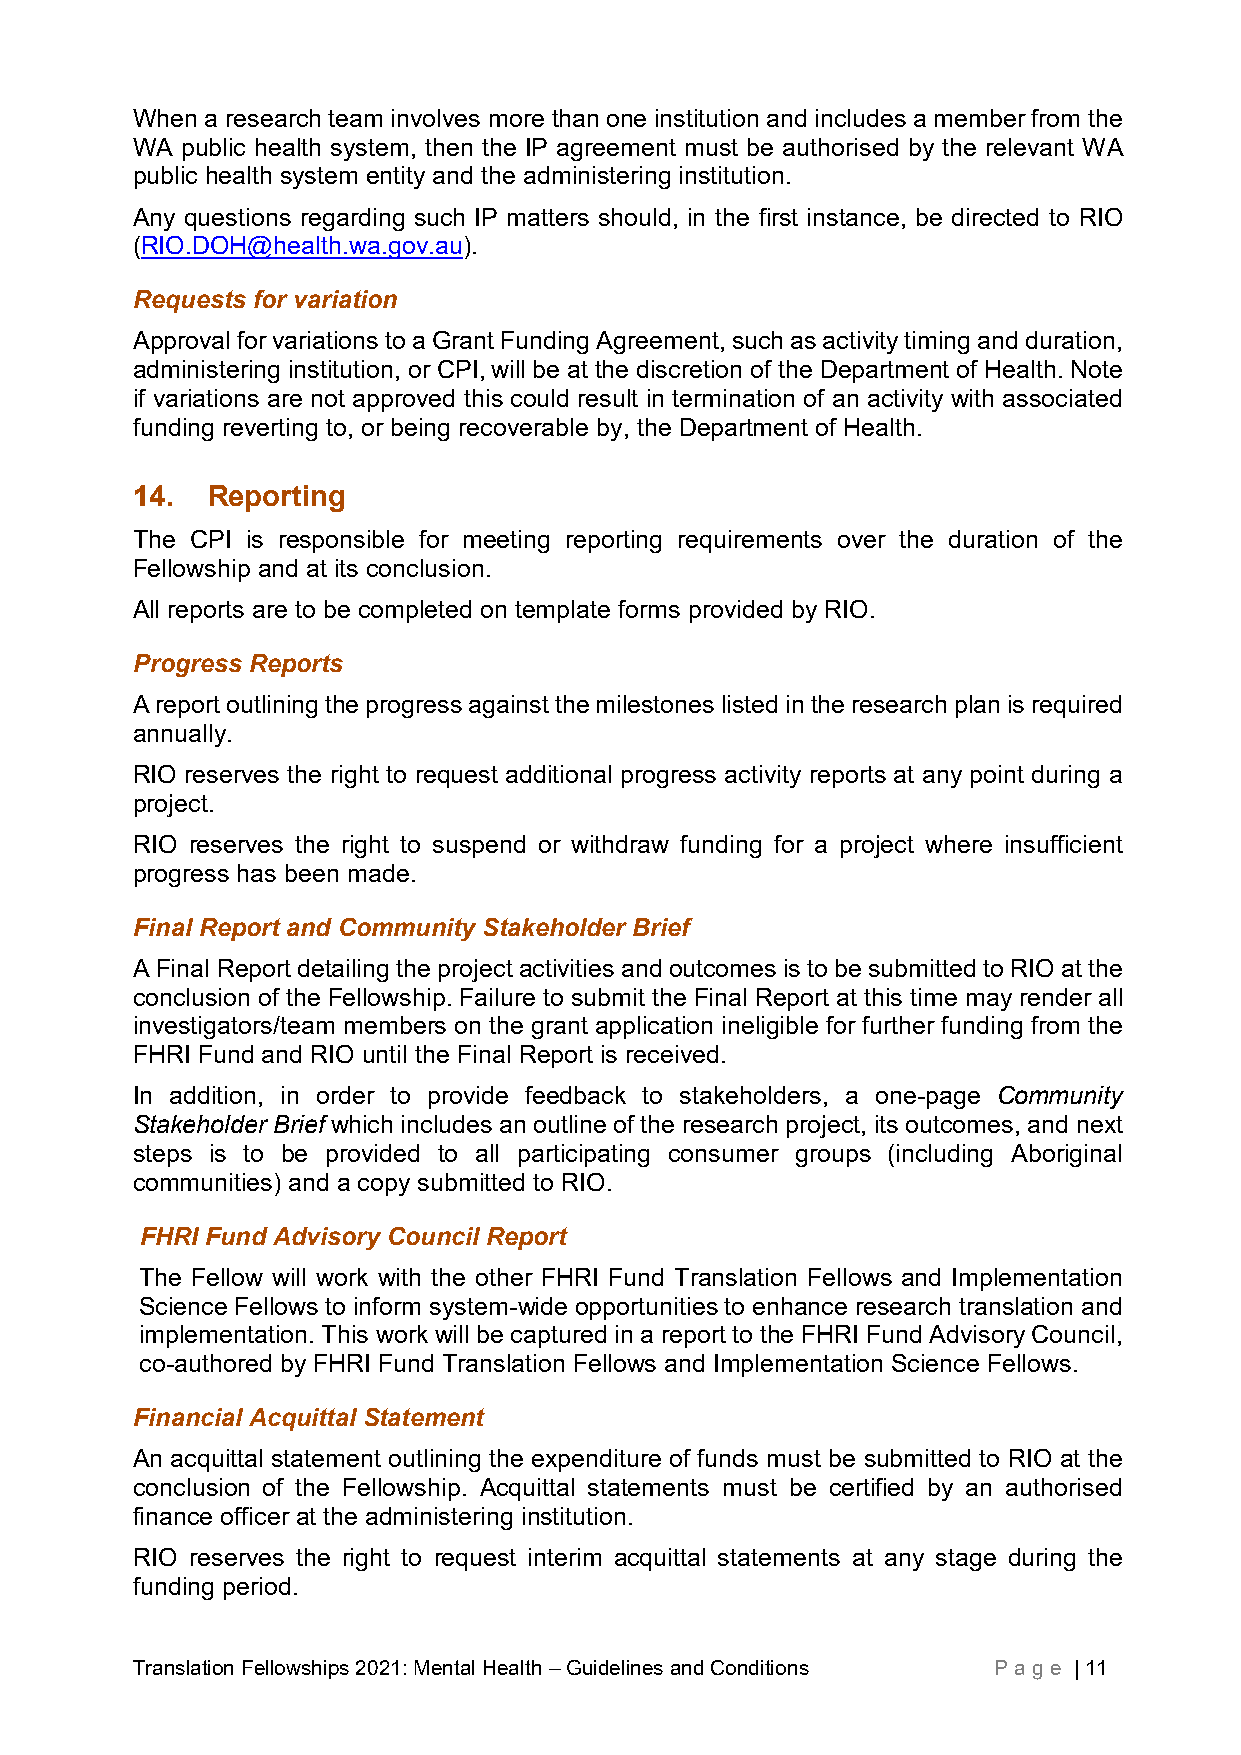
When a research team involves more than one institution and includes a member from the
 WA public health system, then the IP agreement must be authorised by the relevant WA
 public health system entity and the administering institution.
 Any questions regarding such IP matters should, in the first instance, be directed to RIO
 (RIO.DOH@health.wa.gov.au).
 Requests for variation
 Approval for variations to a Grant Funding Agreement, such as activity timing and duration,
 administering institution, or CPI, will be at the discretion of the Department of Health. Note
 if variations are not approved this could result in termination of an activity with associated
 funding reverting to, or being recoverable by, the Department of Health.
 14.  Reporting
 The CPI is responsible for meeting reporting requirements over the duration of the
 Fellowship and at its conclusion.
 All reports are to be completed on template forms provided by RIO.
 Progress Reports
 A report outlining the progress against the milestones listed in the research plan is required
 annually.
 RIO reserves the right to request additional progress activity reports at any point during a
 project.
 RIO reserves the right to suspend or withdraw funding for a project where insufficient
 progress has been made.
 Final Report and Community Stakeholder Brief
 A Final Report detailing the project activities and outcomes is to be submitted to RIO at the
 conclusion of the Fellowship. Failure to submit the Final Report at this time may render all
 investigators/team members on the grant application ineligible for further funding from the
 FHRI Fund and RIO until the Final Report is received.
 In addition, in order to provide feedback to stakeholders, a one-page Community
 Stakeholder Brief which includes an outline of the research project, its outcomes, and next
 steps is to be provided to all participating consumer groups (including Aboriginal
 communities) and a copy submitted to RIO.
 FHRI Fund Advisory Council Report
 The Fellow will work with the other FHRI Fund Translation Fellows and Implementation
 Science Fellows to inform system-wide opportunities to enhance research translation and
 implementation. This work will be captured in a report to the FHRI Fund Advisory Council,
 co-authored by FHRI Fund Translation Fellows and Implementation Science Fellows.
 Financial Acquittal Statement
 An acquittal statement outlining the expenditure of funds must be submitted to RIO at the
 conclusion of the Fellowship. Acquittal statements must be certified by an authorised
 finance officer at the administering institution.
 RIO reserves the right to request interim acquittal statements at any stage during the
 funding period.
 Translation Fellowships 2021: Mental Health – Guidelines and Conditions Pag e | 11